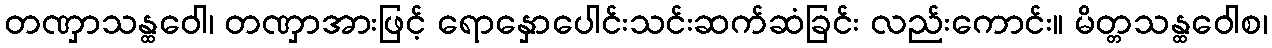
တဏှာသန္ထဝေါ၊ တဏှာအားဖြင့် ရောနှောပေါင်းသင်းဆက်ဆံခြင်း လည်းကောင်း။ မိတ္တသန္ထဝေါစ၊